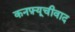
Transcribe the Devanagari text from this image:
कनफ़्यूचीवाद